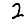
Digit: 2